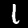
Digit: 1